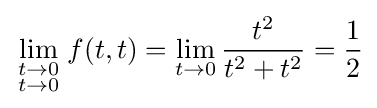
\lim _{\begin{smallmatrix}t\to 0\\t\to 0\end{smallmatrix}}f(t,t)=\lim _{t\to 0}{\frac {t^{2}}{t^{2}+t^{2}}}={\frac {1}{2}}